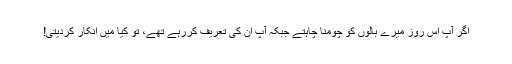
اگر آپ اس روز میرے بالوں کو چومنا چاہتے جبکہ آپ ان کی تعریف کررہے تھے، تو کیا میں انکار کردیتی!